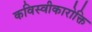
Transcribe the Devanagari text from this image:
कविस्वीकारोक्ति